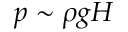
p \sim \rho g H